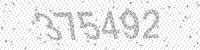
Solution: 375492